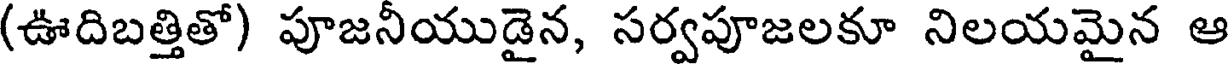
(ఊదిబత్తితో) పూజనీయుడైన, సర్వపూజలకూ నిలయమైన ఆ